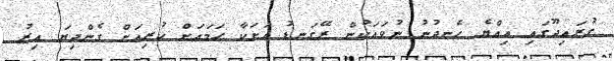
ގުރައިދޫގައި އިއްޔެ ހެނދުނު ނުވައަކުން ރޭގަނޑު އަށަކާ ހަމައަށް ކުރިއަށް ގެންދިޔަ އިރު